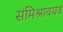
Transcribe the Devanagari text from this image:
संमिश्रावयव